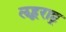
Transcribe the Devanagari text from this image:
लहूराष्ट्र